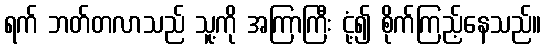
ရက် ဘတ်တလာသည် သူ့ကို အကြာကြီး ငုံ့၍ စိုက်ကြည့်နေသည်။